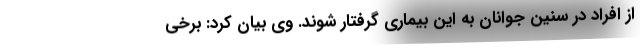
از افراد در سنین جوانان به این بیماری گرفتار شوند. وی بیان کرد: برخی